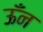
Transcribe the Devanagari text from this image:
ऊँन